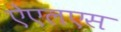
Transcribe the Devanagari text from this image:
ऐएलएस